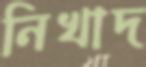
নিখাদ